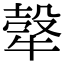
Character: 𤚼